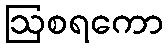
ဩစရကော